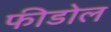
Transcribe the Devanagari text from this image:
फीडोल